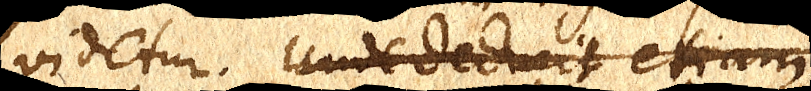
videtur. Unde deducit etiam